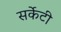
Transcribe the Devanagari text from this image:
सर्केटी